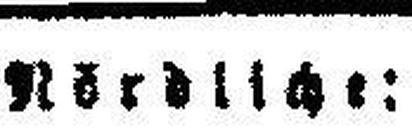
Nördliche: